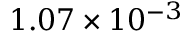
1 . 0 7 \times 1 0 ^ { - 3 }